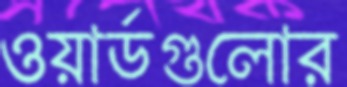
ওয়ার্ডগুলোর